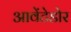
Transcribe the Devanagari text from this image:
आवेंटेडोर